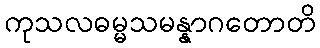
ကုသလဓမ္မသမန္နာဂတောတိ